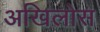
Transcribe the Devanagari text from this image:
अखिलोस